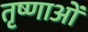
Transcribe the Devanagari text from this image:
तृष्णाओं